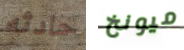
حادثه ميونخ